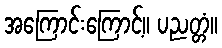
အကြောင်းကြောင့်။ ပညတ္တံ။